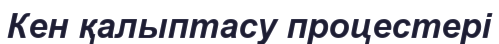
Кен қалыптасу процестері